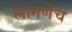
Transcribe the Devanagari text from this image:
लागणेच